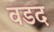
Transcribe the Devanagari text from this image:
वडद